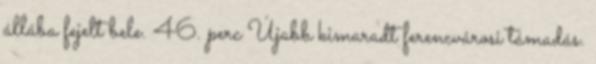
állába fejelt bele. 46. perc Újabb kimaradt ferencvárosi támadás.